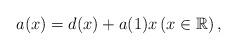
LaTeX: \begin{align*}a(x)=d(x)+a(1)x \left(x\in \mathbb{R}\right), \end{align*}